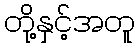
တို့နှင့်အတူ